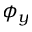
\phi _ { y }